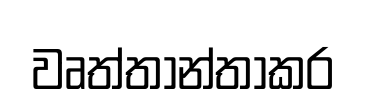
වෘත්තාන්තාකර